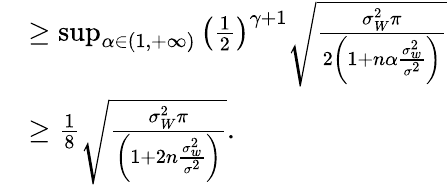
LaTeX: \begin{array}{rl}&{\geq\operatorname*{sup}_{\alpha\in(1,+\infty)}\left(\frac{1}{2}\right)^{\gamma+1}\sqrt{\frac{\sigma_{W}^{2}\pi}{2\left(1+n\alpha\frac{\sigma_{w}^{2}}{\sigma^{2}}\right)}}}\\ &{\geq\frac{1}{8}\sqrt{\frac{\sigma_{W}^{2}\pi}{\left(1+2n\frac{\sigma_{w}^{2}}{\sigma^{2}}\right)}}.}\end{array}